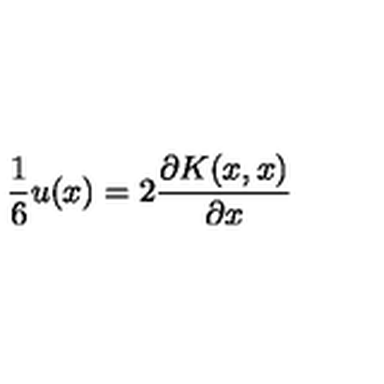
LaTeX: { \frac { 1 } { 6 } } u ( x ) = 2 { \frac { \partial K ( x , x ) } { \partial x } }